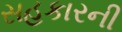
સહકારની